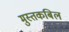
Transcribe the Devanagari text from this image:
मुस्तकबिल